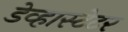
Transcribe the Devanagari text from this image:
डेव्हास्टेटर